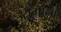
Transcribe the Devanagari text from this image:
रामांना